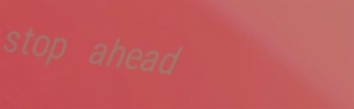
stop ahead